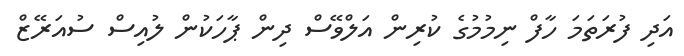
އަދި ފުރަތަމަ ހާފް ނިމުމުގެ ކުރިން އަލްވޭސް ދިން ޕާހަކުން ލުއިސް ސުއަރޭޒް